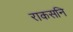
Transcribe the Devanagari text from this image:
राकसनि